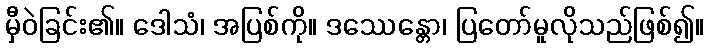
မှီဝဲခြင်း၏။ ဒေါသံ၊ အပြစ်ကို။ ဒဿေန္တော၊ ပြတော်မူလိုသည်ဖြစ်၍။